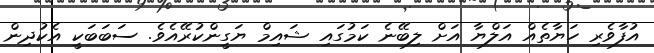
އުފާވެރި ހަޔާތެއް އަލްޔާ އަށް ލިބޭނެ ކަމުގައި ޝައިމް ޔަގީންކުރޭއެވެ. ސަބަބަކީ އެކުދިން